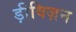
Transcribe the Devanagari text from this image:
ड़ीविज़न